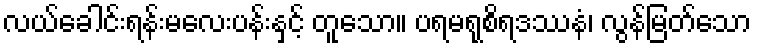
လယ်ခေါင်းရန်းမလေးပန်းနှင့် တူသော။ ပရမရုစိရဒဿနံ၊ လွန်မြတ်သော